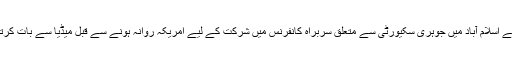
یہ بات انہوں نے اسلام آباد میں جوہری سکیورٹی سے متعلق سربراہ کانفرنس میں شرکت کے لیے امریکہ روانہ ہونے سے قبل میڈیا سے بات کرتے ہوئے کہی۔